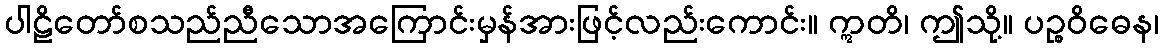
ပါဠိတော်စသည်ညီသောအကြောင်းမှန်အားဖြင့်လည်းကောင်း။ ဣတိ၊ ဤသို့။ ပဉ္စဝိဓေန၊